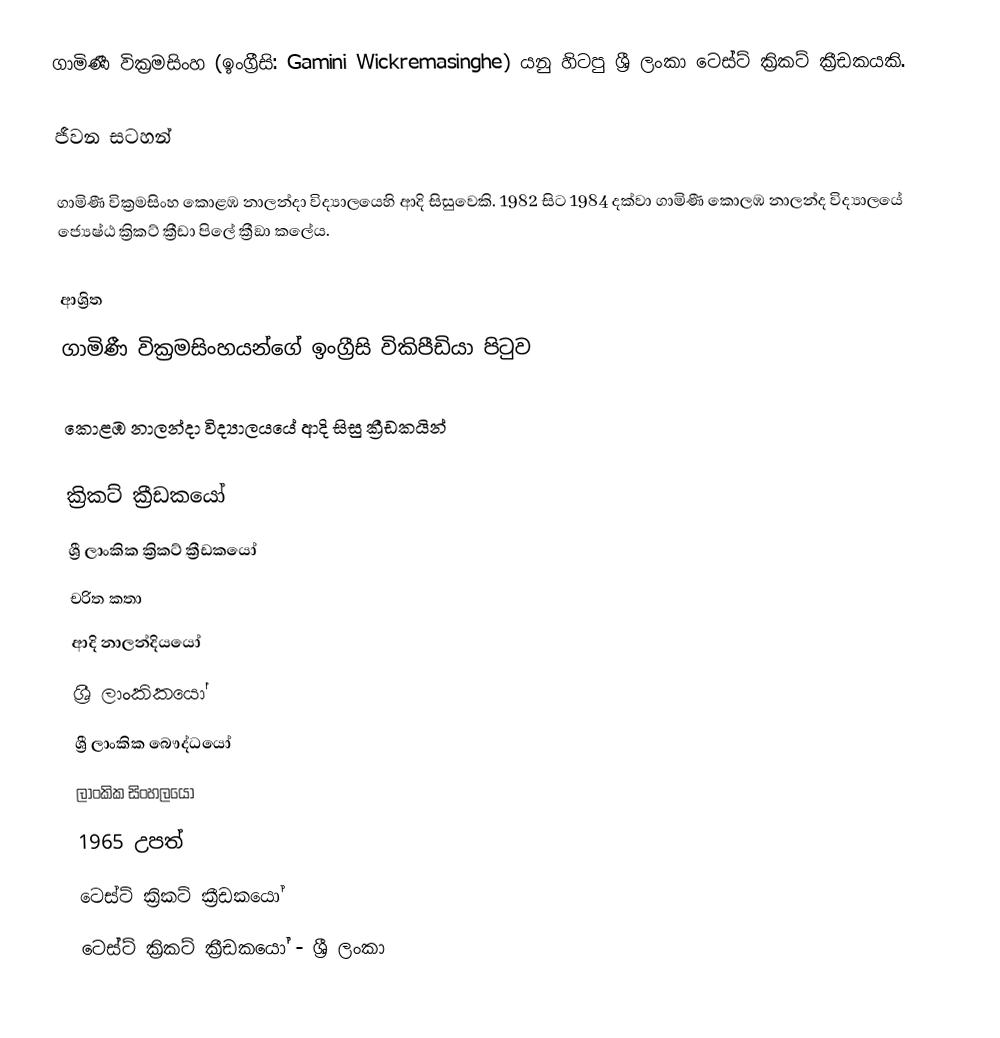
ගාමිණී වික්‍රමසිංහ (ඉංග්‍රීසි: Gamini Wickremasinghe) යනු හිටපු ශ්‍රී ලංකා ටෙස්ට් ක්‍රිකට් ක්‍රීඩකයකි.

ජීවන සටහන්

ගාමිණී වික්‍රමසිංහ  කොළඹ නාලන්දා විද්‍යා‍ලයෙහි ආදි සිසුවෙකි. 1982 සිට 1984 දක්වා ගාමිණී කොලඹ නාලන්ද  විද්‍යාලයේ  ජ්‍යෙෂ්ඨ ක්‍රිකට් ක්‍රීඩා පිලේ ක්‍රීඞා කලේය.

ආශ්‍රිත
ගාමිණී වික්‍රමසිංහයන්ගේ ඉංග්‍රීසි විකිපීඩියා පිටුව

කොළඹ නාලන්දා විද්‍යාලයයේ ආදි සිසු ක්‍රීඩකයින්

ක්‍රිකට් ක්‍රීඩකයෝ
ශ්‍රී ලාංකික ක්‍රිකට් ක්‍රීඩකයෝ
චරිත කතා
ආදි නාලන්දියයෝ
ශ්‍රී ලාංකිකයෝ
ශ්‍රී ලාංකික බෞද්ධයෝ
ලාංකික සිංහලයෝ
1965 උපත්
ටෙස්ට් ක්‍රිකට් ක්‍රීඩකයෝ
ටෙස්ට් ක්‍රිකට් ක්‍රීඩකයෝ - ශ්‍රී ලංකා